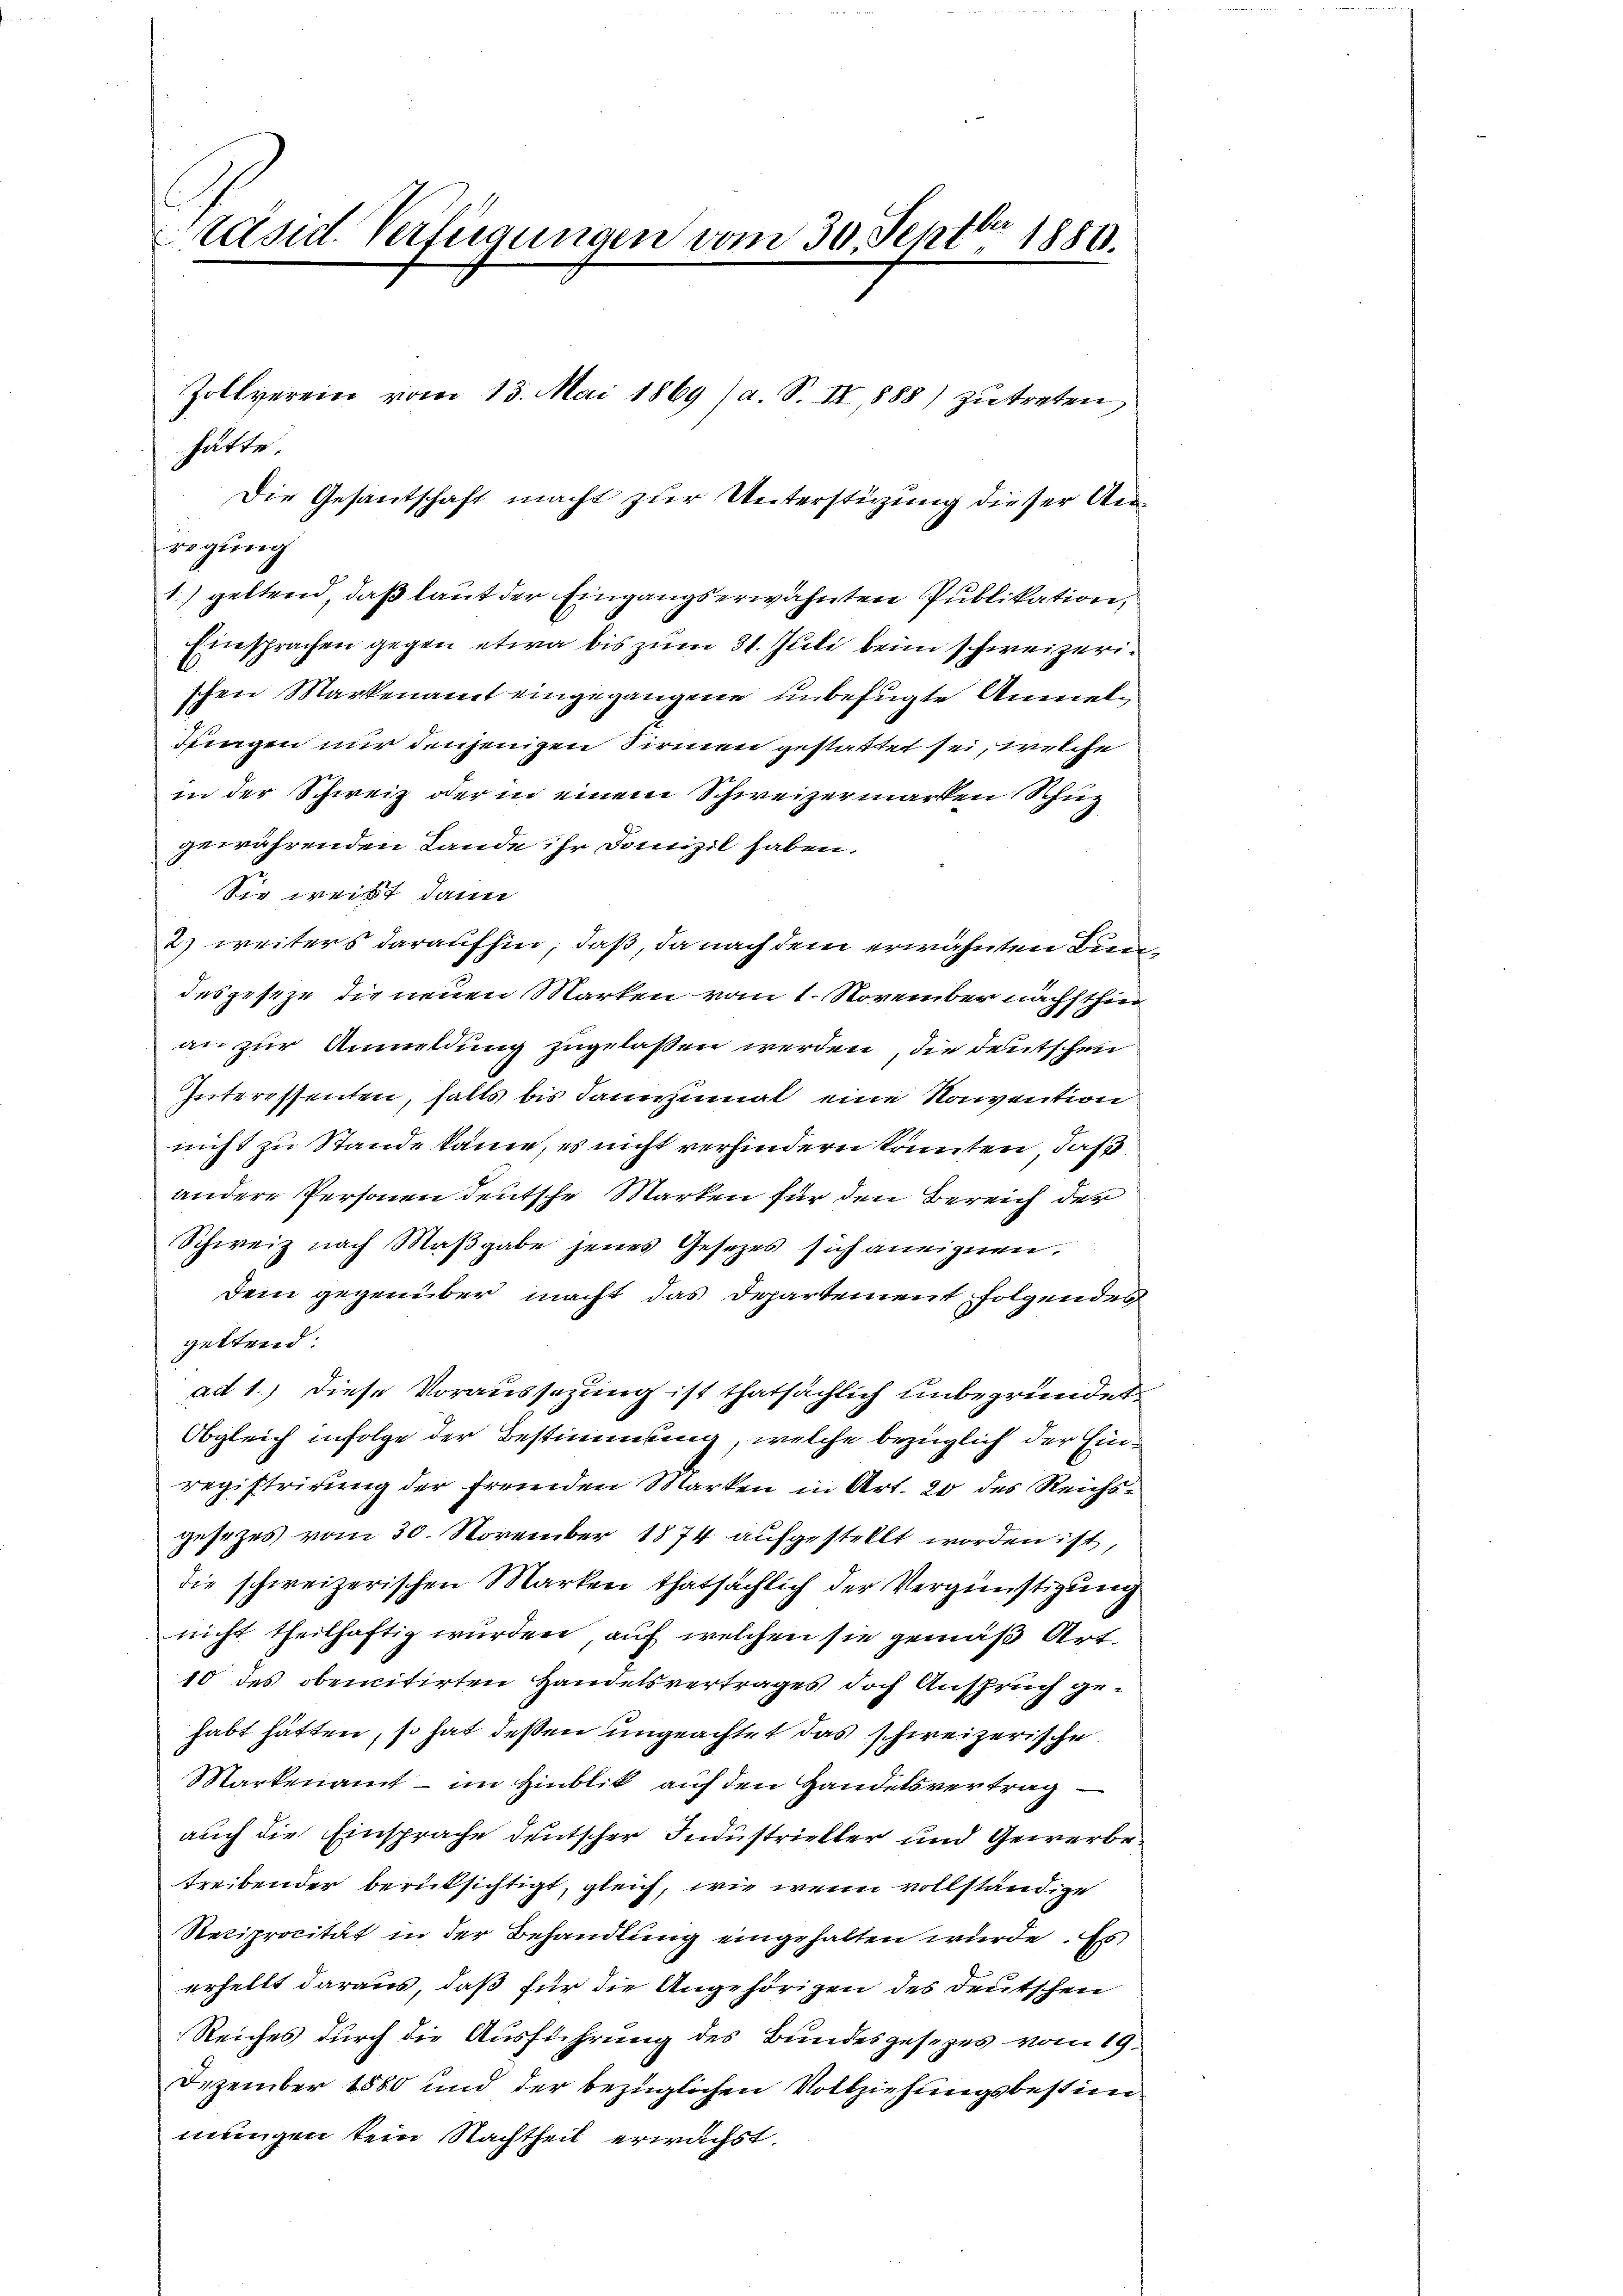
räsid. Verfügungen vom 30 Septbr 1880.

hätte.
Die Gesantschaft macht zur Unterstüzung dieser Anregung
1) geltend, daß laut der Eingangserwähnten Publikation,
Einsprachen gegen etwa bis zum 31. Juli beim schweizerischen Markenamt eingegangene unbefugte Anmeldringen nur denjenigen Sirmen gestattet sei, welche
in der Schweiz oder in einem Schweizermarken Schuz
gewährenden Lande ihr Domizil haben.
Sie weißt, dann
2) weiters daraufhin, daß, da nach dem erwähnten Bendesgeseze die neuen Marken vom 1. November nächsthin
an zur Anmeldung zugelassen werden, die Deutschen
Interessenten, falls bis dannzumal eine Naivention
nicht zu Stande kann, es nicht verhindern könnten, daß
andere Personen deutsche Marken für den Bereich der
Schweiz nach Maßgabe jenes Gesetzes sich aneignen.
Dem gegenüber macht das Departement folgendes
gettend:
ad 1.) diese Voraussezung ist thatsächlich unbegründet.
Obgleich infolge der Bestimmung, welche bezüglich der Einregistrirung der fremden Marken in Art. 20 des Reichsgesetzes vom 30. November 1874 aufgestellt worden ist,
die schweizerischen Marken thatsächlich der Vergünstigung
nicht theilhaftig wurden, auf welchen sie gemäß Art.
10 des obencitirten Handelsvertrages doch Anspruch gehabt hätten, so hat deßen ungeachtet das schweizerische
Markenant - im Hinblik auf den Handelsvertrag
auch die Einsprache deutscher Industrieller und Gewerbe
treibender berüksichtigt, gleich, wie wenn vollständige
Reciprocität in der Behandlung eingehalten wurde. Es
erhellt daraus, daß für die Angehörigen des Deutschen
Reiches durch die Ausführung des Bundesgesezes vom 19.
Dezember 1880 und der bezüglichen Vollziehungsbestimmungen kein Nachtheil erwachst.

Zollverein vom 13. Mai 1869 (a. S. II, 1888) zŭtreten